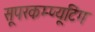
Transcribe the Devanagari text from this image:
सूपरकम्प्यूटिंग